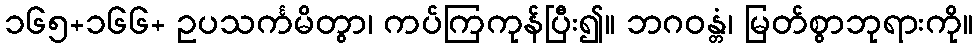
၁၆၅+၁၆၆+ ဥပသင်္ကမိတွာ၊ ကပ်ကြကုန်ပြီး၍။ ဘဂဝန္တံ၊ မြတ်စွာဘုရားကို။